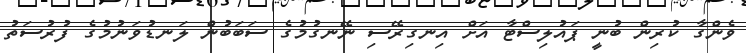
ވެންގާ ކުރިން ބުނީ ޕައުލިސްޓާ އަށް އިނގިރޭސި ނޭނގުމުގެ ސަބަބުން ލަނޑުވަނުމުގެ ފުރުސަތު